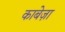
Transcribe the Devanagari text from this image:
काबेज़ा